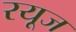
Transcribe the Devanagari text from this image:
रयूज